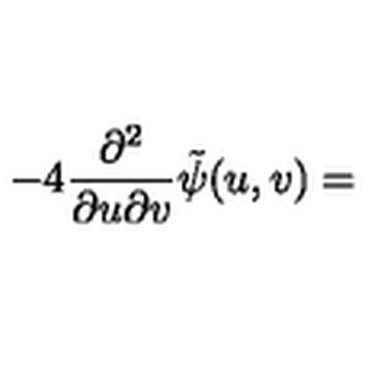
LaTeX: - 4 \displaystyle \frac { \partial ^ { 2 } } { \partial u \partial v } { \tilde { \psi } } ( u , v ) =